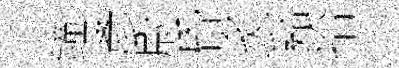
鐘彥尉昏炙谿拾